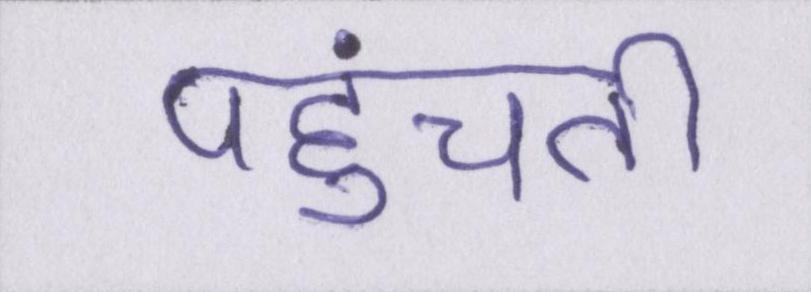
पहुंचती